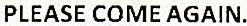
PLEASE COME AGAIN.